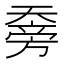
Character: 𰋯